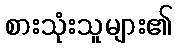
စားသုံးသူများ၏